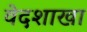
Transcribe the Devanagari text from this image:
वेदशाखा